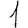
Digit: 1